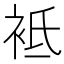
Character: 袛